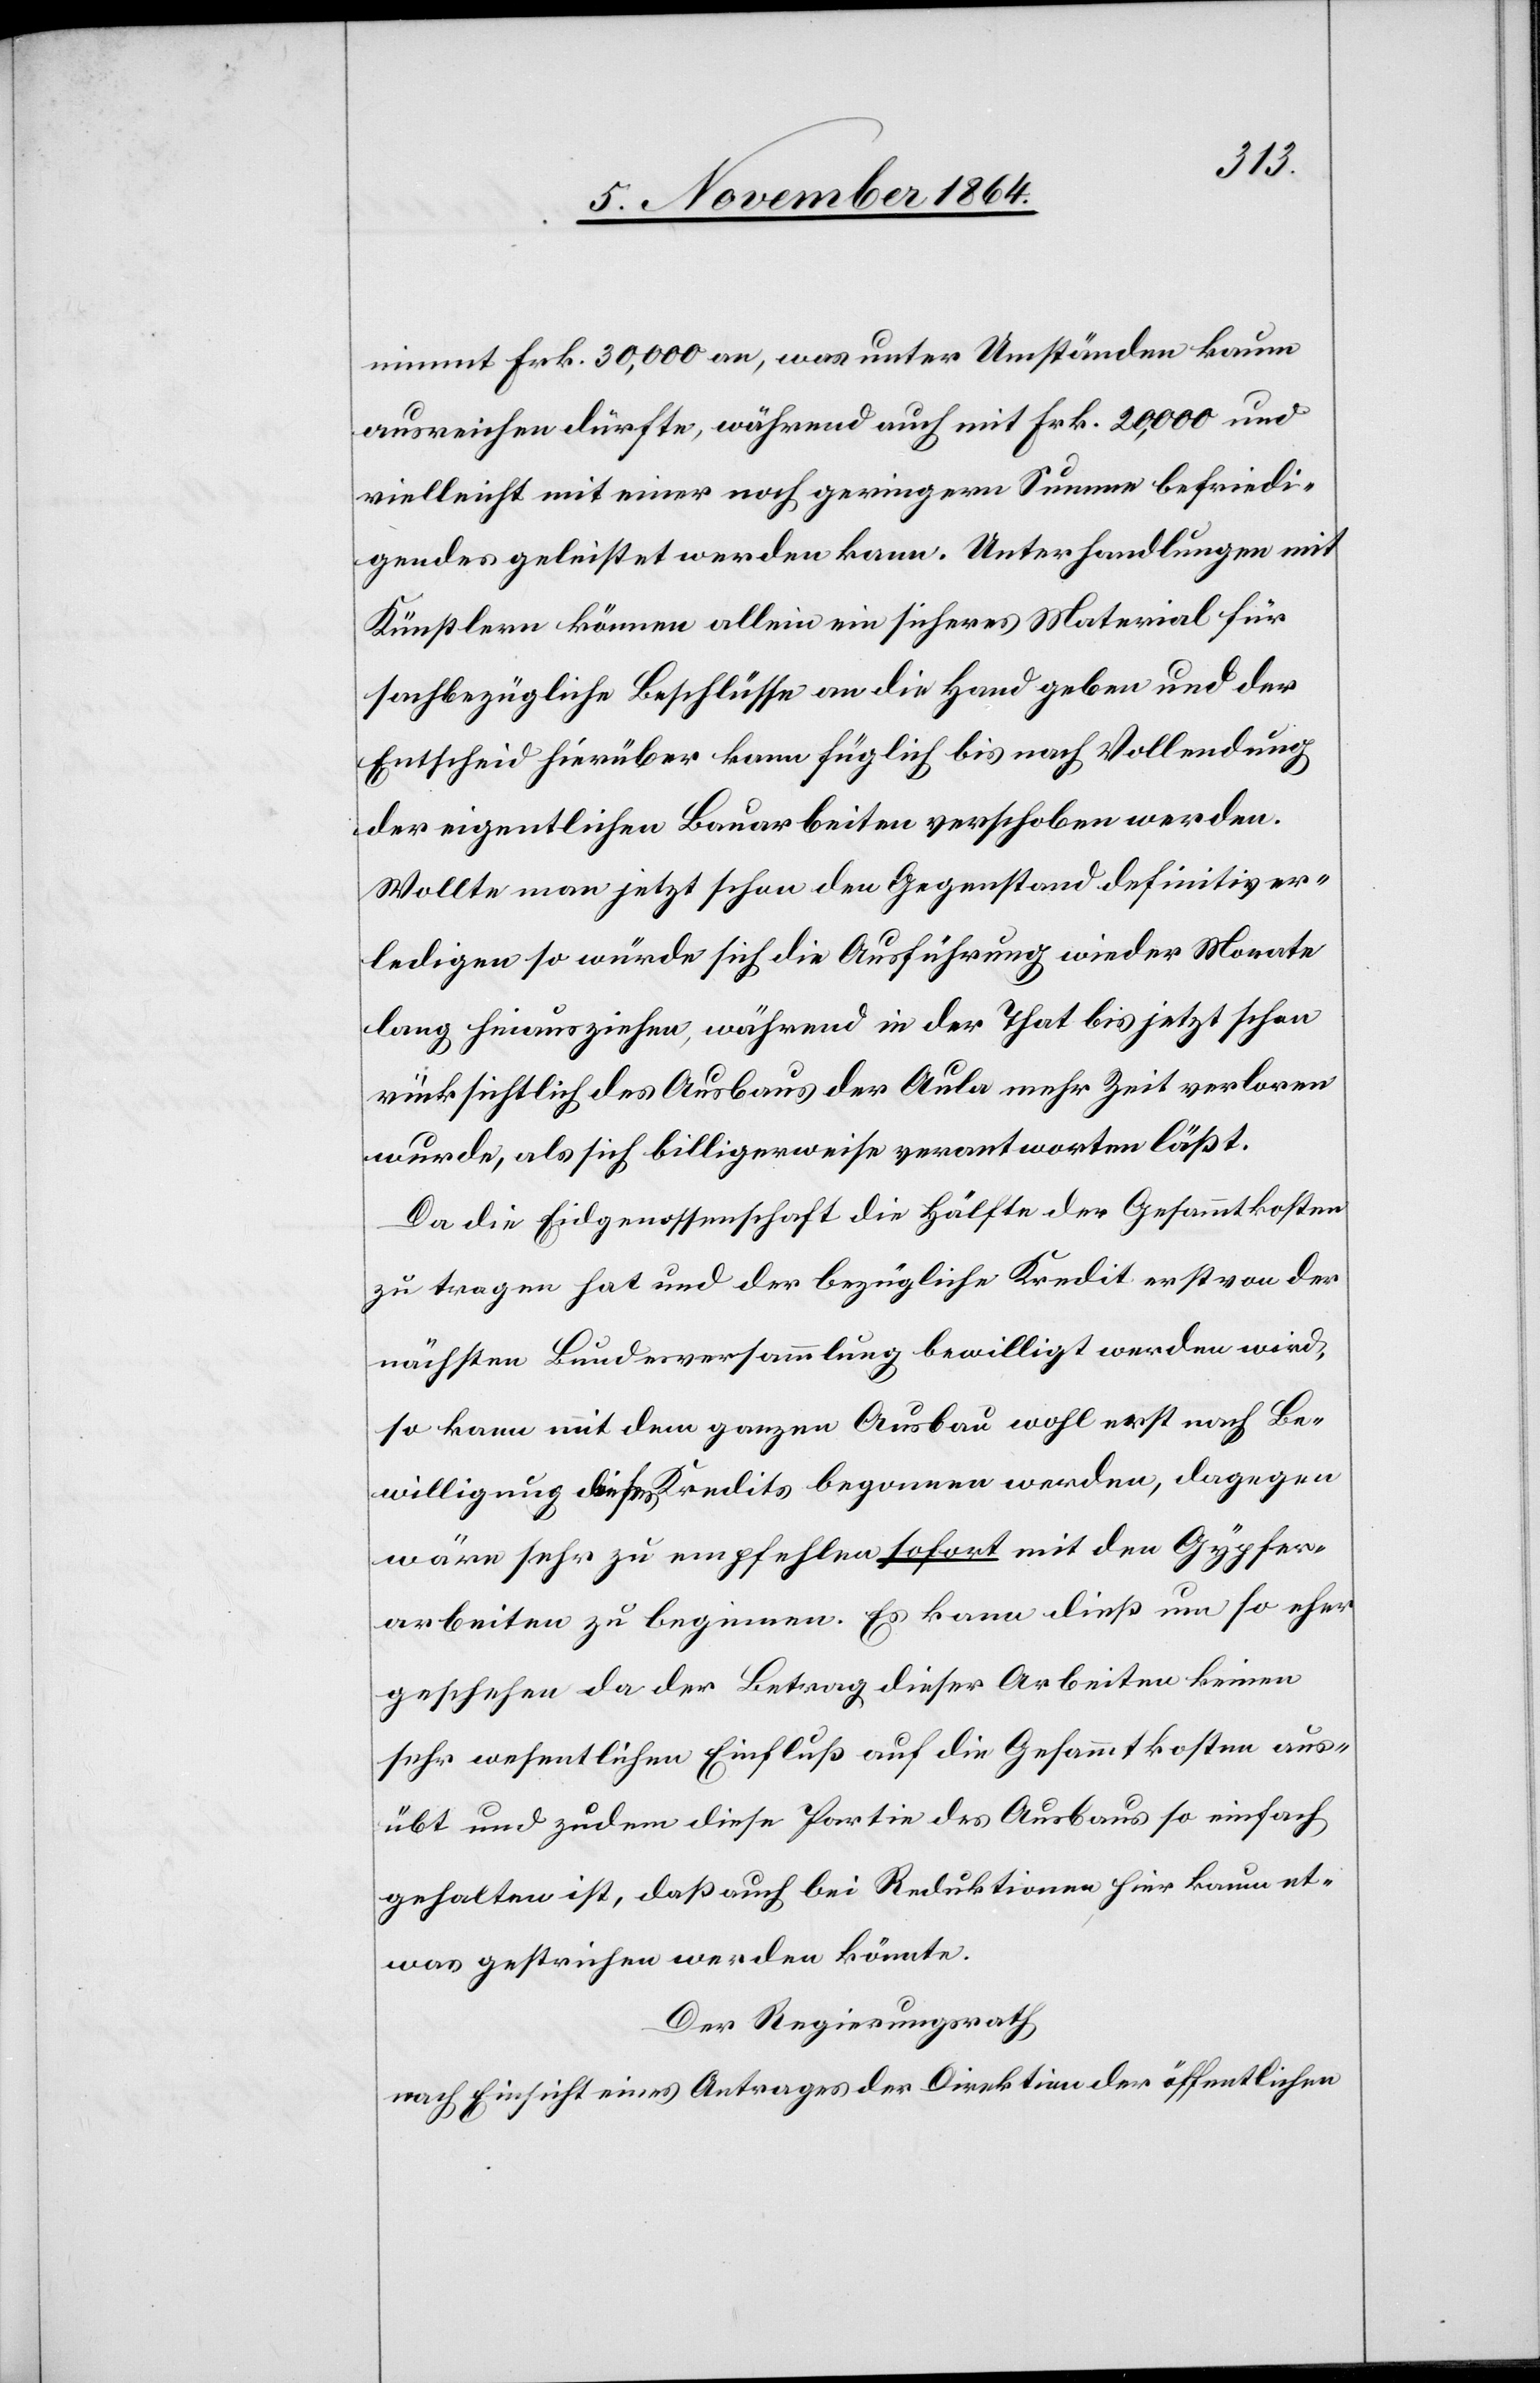
nimmt Frk. 30,000 an, was unter Umständen kaum
ausreichen dürfte, während auch mit Frk. 20,000 und
vielleicht mit einer noch geringern Summe befriedi¬
gendes geleistet werden kann. Unterhandlungen mit
Künstlern können allein ein sicheres Material für
sachbezügliche Beschlüsse an die Hand geben und der
Entscheid hierüber kann füglich bis nach Vollendung
der eigentlichen Bauarbeiten verschoben werden.
Wollte man jetzt schon den Gegenstand definitiv er¬
ledigen so würde sich die Ausführung wieder Monate
lang hinausziehen, während in der That bis jetzt schon
rücksichtlich des Ausbaus der Aula mehr Zeit verloren
wurde, als sich billigerweise verantworten läßt.
Da die Eidgenossenschaft die Hälfte der Gesammtkosten
zu tragen hat und der bezügliche Kredit erst von der
nächsten Bundesversammlung bewilligt werden wird,
so kann mit dem ganzen Ausbau wohl erst nach Be¬
willigung dieses Kredits begonnen werden, dagegen
wäre sehr zu empfehlen sofort mit den Gypser¬
arbeiten zu beginnen. Es kann dieß um so eher
geschehen da der Betrag dieser Arbeiten keinen
sehr wesentlichen Einfluß auf die Gesammtkosten aus¬
übt und zudem diese Partie des Ausbaus so einfach
gehalten ist, daß auch bei Reduktionen hier kaum et¬
was gestrichen werden könnte.
Der Regierungsrath
nach Einsicht eines Antrages der Direktion der öffentlichen